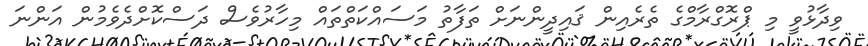
ވިދާޅުވީ މި ޕްރޮގްރާމްގެ ތެރެއިން ޤައިދީންނަށް ތަފާތު މަސައްކަތްތައް މިހާރުވެސް ދަސްކޮށްދެވެމުން އަންނަ